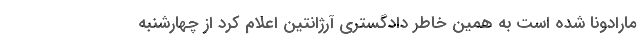
مارادونا شده است به همین خاطر دادگستری آرژانتین اعلام کرد از چهارشنبه